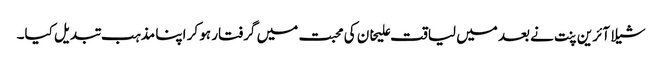
شیلا آئرین پنت نے بعد میں لیاقت علیخان کی محبت میں گرفتار ہو کر اپنا مذہب تبدیل کیا۔